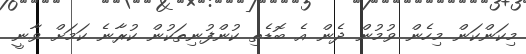
މިކަންކަން މިހެން ވުމުން ދެން އެ ބޮޑެތި ކުންފުނިތަކުން ކުރާނެ ކަމަށް ވާނީ